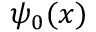
\psi _ { 0 } ( x )